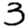
Digit: 3